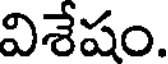
విశేషం.